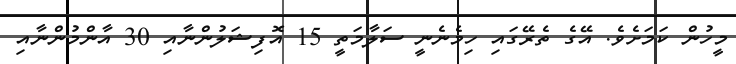
މީހުން ކަމަށެވެ. އޭގެ ތެރޭގައި ހިމެނެނީ ސަލާމަތީ 15 އޮފިޝަލުންނާއި 30 އާންމުންނާއި